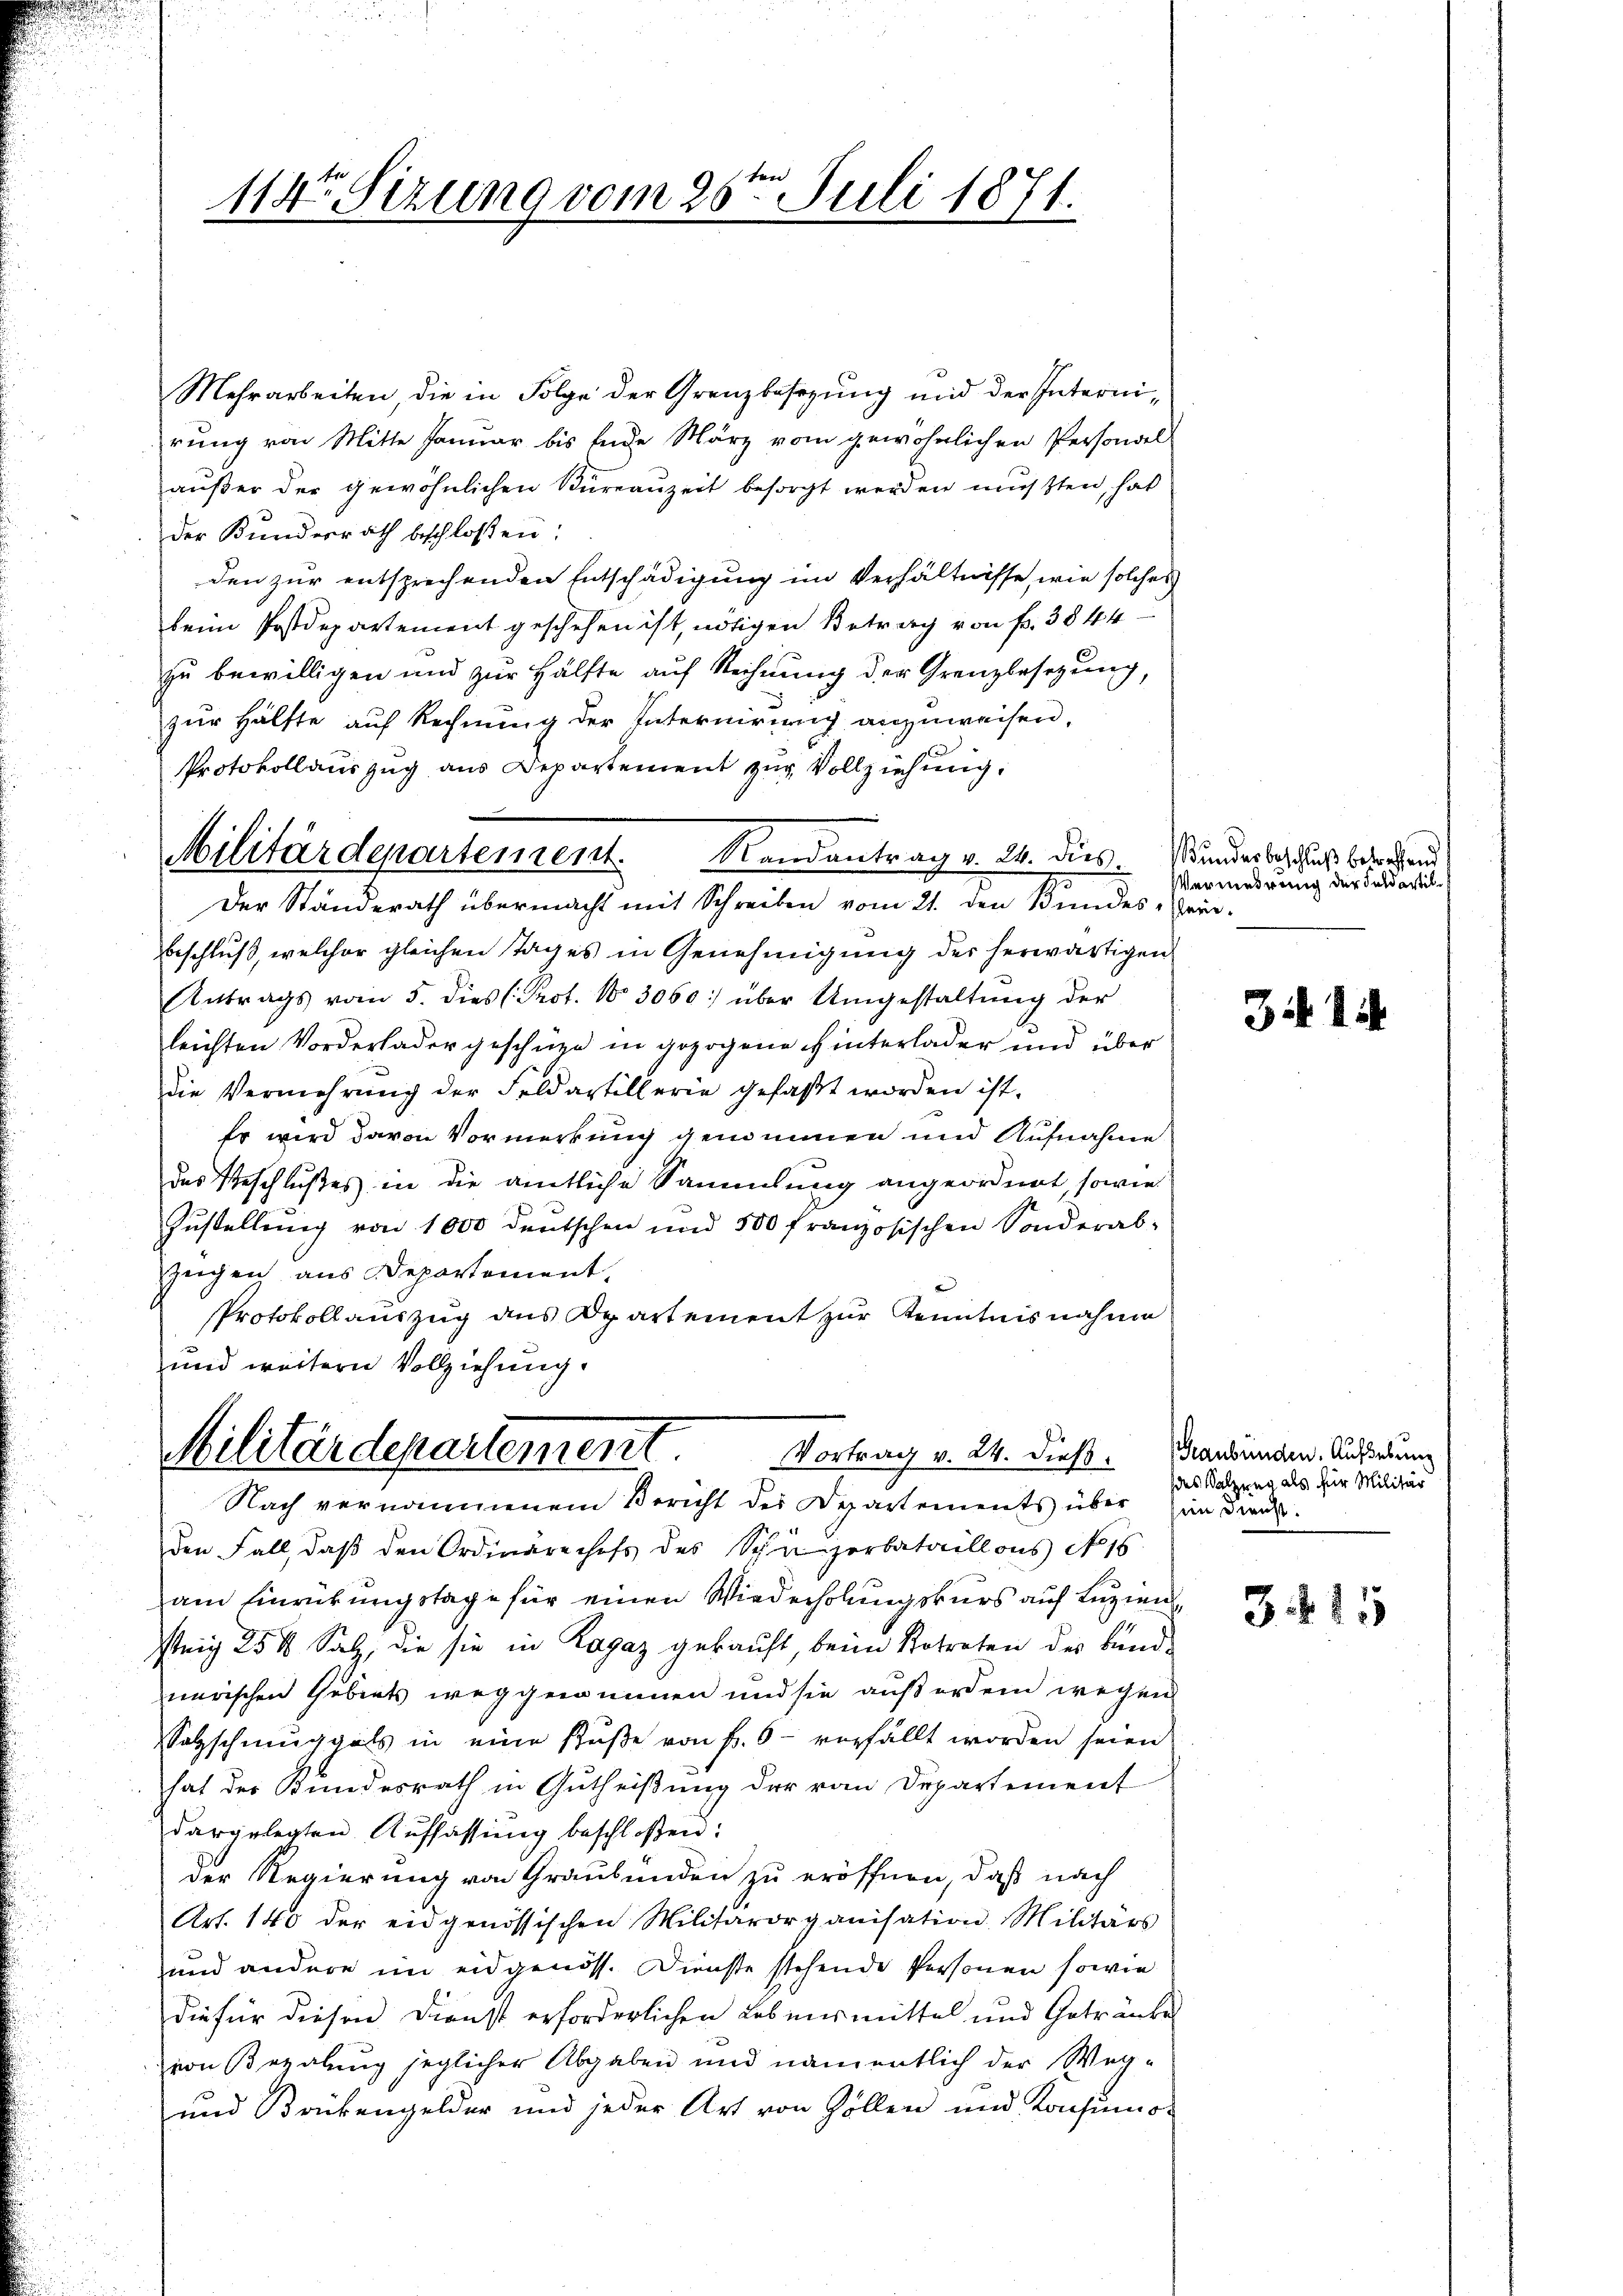
114ten Sizung vom 26ten Juli 1871.

Mehrarbeiten, die in Folge der Grenzbesezung und der Internirung von Mitte Januar bis Ende März vom gewöhnlichen Persondel-
außer der gewöhnlichen Bureauzeit besorgt werden mussten, hat
der Bundesrath beschloßen:
den zur entsprechenden Entschädigung im Verhältnisse, wie solches
beim Postdepartement geschehen ist, nötigen Betrag von fr. 3844
zu bewilligen und zur Hälfte auf Rechnung der Grenzbesetzung,
zur Hälfte auf Rechnung der Internirung anzuweisen,
Protokollauszug aus Departement zur Vollziehung.
Der Standerath übermacht mit Schreiben vom 21. den Bundes-Prä-
Beschluß, welcher gleichen Tages in Genehmigung der herwärtigen
Antrags vom 5. dies Prot. No 3060: über Umgestaltung der
leichten Vorderlader geschüze in gezogene Hinterlader und über
die Vermehrŭng der Feldartillerie gefaßt worden ist.
Er wird davon Vormerkung genommen und Aufnahme
das Geschlußes in die amtliche Sammlung angeordnet, sowie
Zustellung von 1000 deutschen und 500 französischen Sonderab-
Zeigen aus Departement.
Protokollauszug des partement zur Kenntnisnahme
und weitern Vollziehung.

Militärdepartement. Randantrag v. 24. dies anderbeschicht beruhend

Militärdepartement. Vortrag v. 24. dieß. Handenden. Ausserung

Nach vernommenem Bericht des Departements über an diren.
den Fall, daß den Ordinärechefs des Schäzerbataillons No 16
am Einrückungstage für einen Wiederholungskurs auf Luziensteig 25 t Salz, die sie in Ragaz gekauft, beim Betreten des Bundnerischen Gebiets weggewinnen und sie außerden wegen
Salzschmuggals in eine süße von fr. 6 - verfällt worden seien
hat der Bundesrath in Gutheißung der von Departement
dargelegten Auffassung beschloßen:
der Regierung von Graubünden zu eröffnen, daß nach
Art. 140 der eidgenössischen Militärorganisation Militärs
und andere im eidgenöss. Dienste stehende Personen sowie
die für diesen Dienst erforderlichen Lebensmittel und Getränke
von Bezalung jeglicher Abgaben und namentlich der Weg-
und Brükengelder und jeder Art von Zollen und Konsumo-

Vermedrung der Feldartil

341

des Satzung als für Militär

3.415